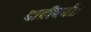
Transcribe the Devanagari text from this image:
दाढीपर्यंत